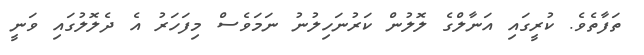
ތަފާތެވެ. ކުރީގައި އަނާލްގެ ލޮލުން ކަރުނަހިލުނު ނަމަވެސް މިފަހަރު އެ ދެލޮލުގައި ވަނީ